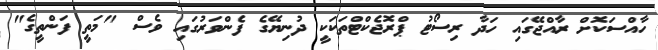
ހާއްސަކޮށް ރާއްޖޭގައި ހަދާ ރިސޯޓު ޕްރޮޖެކްޓްތަކަކީ ދުނިޔޭގެ ފެންވަރުގައި ވެސް "މަތީ ފަންތީގެ"